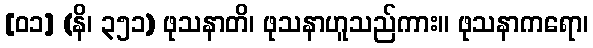
[၀၁] (နိ၊ ၃၅၁) ဖုသနာတိ၊ ဖုသနာဟူသည်ကား။ ဖုသနာကရော၊